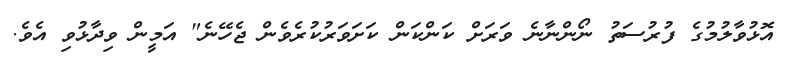
އޮޅުވާލުމުގެ ފުރުސަތު ނޯންނާނެ ވަރަށް ކަންކަން ކަށަވަރުކުރެވެން ޖެހޭނެ" އަމީން ވިދާޅުވި އެވެ.